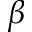
\beta